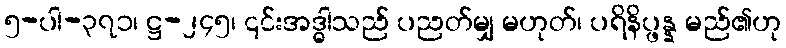
၅-ပါ-၃၇၁၊ ဋ္ဌ-၂၄၅၊ ၎င်းအဒ္ဓါသည် ပညတ်မျှ မဟုတ်၊ ပရိနိပ္ဖန္န မည်၏ဟု